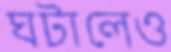
ঘটালেও